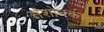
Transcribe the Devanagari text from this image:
संशोधकात